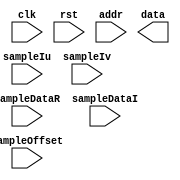
`timescale 1ns / 1ps
//////////////////////////////////////////////////////////////////////////////////
// Company: 
// Engineer: 
// 
// Design Name: 
// Module Name:    GRIDDING 
// Project Name: 
// Target Devices: 
// Tool versions: 
// Description: 
//
// Dependencies: 
//
// Revision: 
// Revision 0.01 - File Created
// Additional Comments: 
//
//////////////////////////////////////////////////////////////////////////////////
module GRIDDING(
    input [31:0] sampleDataR,
    input [31:0] sampleDataI,
    input [31:0] sampleIu,
    input [31:0] sampleIv,
    input [31:0] sampleOffset,
    input clk,
    input rst,
    input [31:0] addr,
    output [31:0] data
    );


endmodule